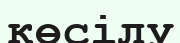
көсілу